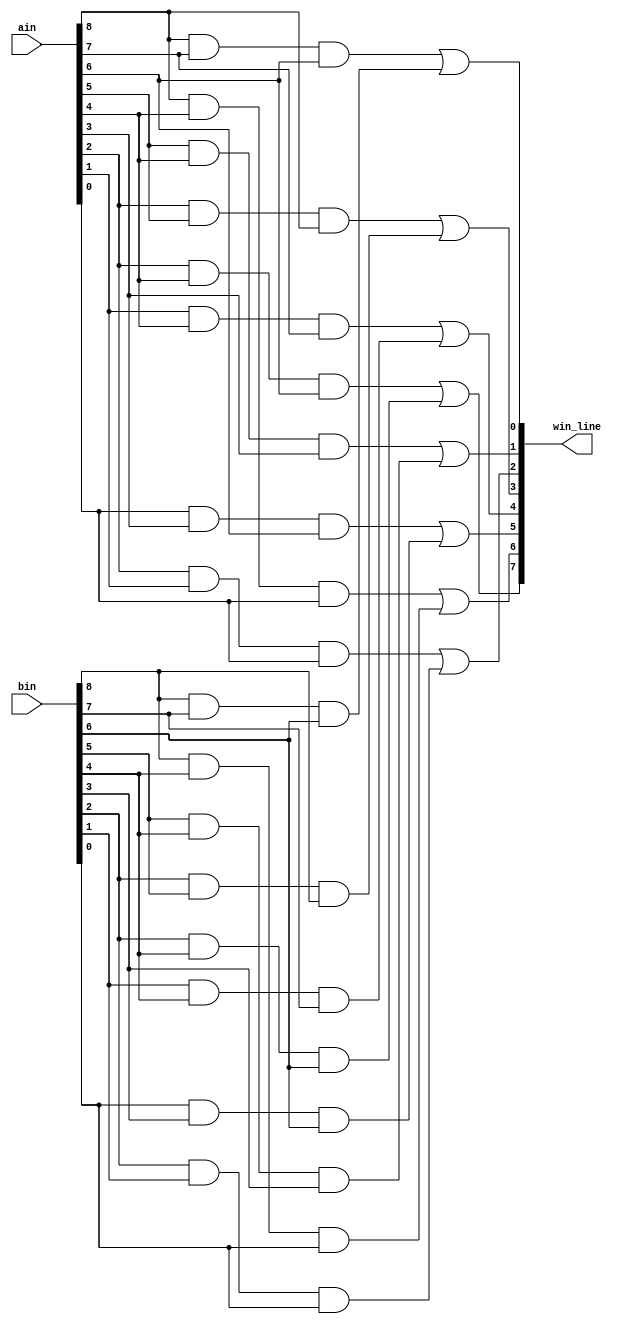
// DetectWinner
// Detects whether either ain or bin has three in a row 
// Inputs:
//   ain, bin - (9-bit) current positions of type a and b
// Out:
//   win_line - (8-bit) if A/B wins, one hot indicates along which row, col or diag
//   win_line(0) = 1 means a win in row 8 7 6 (i.e., either ain or bin has all ones in this row)
//   win_line(1) = 1 means a win in row 5 4 3
//   win_line(2) = 1 means a win in row 2 1 0
//   win_line(3) = 1 means a win in col 8 5 2
//   win_line(4) = 1 means a win in col 7 4 1
//   win_line(5) = 1 means a win in col 6 3 0
//   win_line(6) = 1 means a win along the downward diagonal 8 4 0
//   win_line(7) = 1 means a win along the upward diagonal 2 4 6

module DetectWinner( input [8:0] ain, bin, output [7:0] win_line );
  // CPEN 211 LAB 3, PART 1: your implementation goes here
  
  
   assign win_line[0] = ain[8] & ain[7] & ain[6] | bin[8] & bin[7] & bin[6]; 		// Assigns win_line bits as 1-hot representations
	assign win_line[1] = ain[5] & ain[4] & ain[3] | bin[5] & bin[4] & bin[3];		// for different winning lines. Refer to opening
	assign win_line[2] = ain[2] & ain[1] & ain[0] | bin[2] & bin[1] & bin[0];		// comments.
	assign win_line[3] = ain[2] & ain[5] & ain[8] | bin[2] & bin[5] & bin[8];
	assign win_line[4] = ain[1] & ain[4] & ain[7] | bin[1] & bin[4] & bin[7];
	assign win_line[5] = ain[0] & ain[3] & ain[6] | bin[0] & bin[3] & bin[6];
	assign win_line[6] = ain[8] & ain[4] & ain[0] | bin[8] & bin[4] & bin[0];
	assign win_line[7] = ain[2] & ain[4] & ain[6] | bin[2] & bin[4] & bin[6];
endmodule